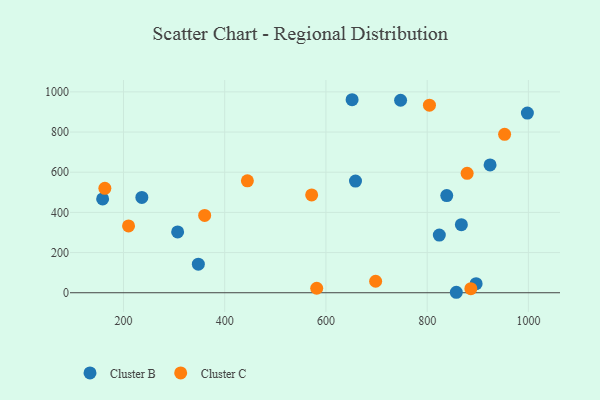
{"axis": {"x": "Experience", "y": "Rating"}, "legend": ["Cluster B", "Cluster C"], "data": [{"x": "896.7", "y": 44.9, "type": "Cluster B"}, {"x": "307.0", "y": 302.6, "type": "Cluster B"}, {"x": "838.7", "y": 483.9, "type": "Cluster B"}, {"x": "158.8", "y": 467.3, "type": "Cluster B"}, {"x": "651.7", "y": 961.0, "type": "Cluster B"}, {"x": "347.9", "y": 142.2, "type": "Cluster B"}, {"x": "236.3", "y": 474.4, "type": "Cluster B"}, {"x": "824.0", "y": 287.2, "type": "Cluster B"}, {"x": "658.4", "y": 556.1, "type": "Cluster B"}, {"x": "867.6", "y": 338.8, "type": "Cluster B"}, {"x": "924.3", "y": 636.2, "type": "Cluster B"}, {"x": "747.5", "y": 958.5, "type": "Cluster B"}, {"x": "857.6", "y": 2.3, "type": "Cluster B"}, {"x": "998.0", "y": 894.7, "type": "Cluster B"}, {"x": "804.5", "y": 933.8, "type": "Cluster C"}, {"x": "879.0", "y": 594.7, "type": "Cluster C"}, {"x": "698.2", "y": 57.3, "type": "Cluster C"}, {"x": "444.8", "y": 557.4, "type": "Cluster C"}, {"x": "360.4", "y": 385.1, "type": "Cluster C"}, {"x": "886.3", "y": 20.3, "type": "Cluster C"}, {"x": "581.8", "y": 22.3, "type": "Cluster C"}, {"x": "210.0", "y": 332.6, "type": "Cluster C"}, {"x": "163.2", "y": 520.0, "type": "Cluster C"}, {"x": "571.8", "y": 486.9, "type": "Cluster C"}, {"x": "953.0", "y": 788.5, "type": "Cluster C"}]}